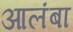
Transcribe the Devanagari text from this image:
आलंबा